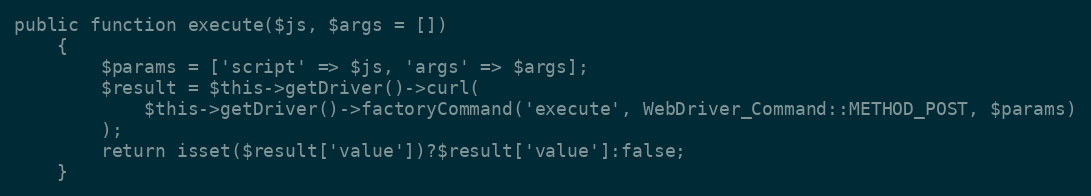
Language: PHP
public function execute($js, $args = [])
    {
        $params = ['script' => $js, 'args' => $args];
        $result = $this->getDriver()->curl(
            $this->getDriver()->factoryCommand('execute', WebDriver_Command::METHOD_POST, $params)
        );
        return isset($result['value'])?$result['value']:false;
    }